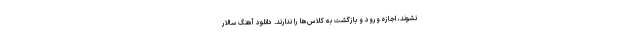
نشوند، اجازه ورود و بازگشت به کلاس‌ها را ندارند. دانلود آهنگ سالار